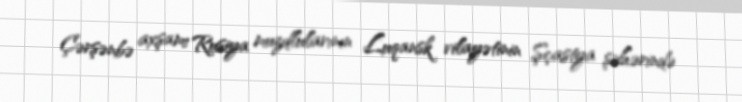
Çərşənbə axşamı Rusiya muzdlularının Luqansk vilayətinin Şçastya şəhərində